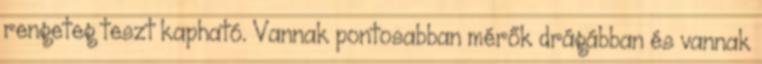
rengeteg teszt kapható. Vannak pontosabban mérők drágábban és vannak